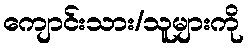
ကျောင်းသား/သူများကို